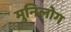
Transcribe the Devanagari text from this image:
मुनिलोग